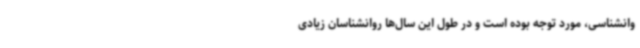
وانشناسی، مورد توجه بوده است و در طول این سال‌ها روانشناسان زیادی